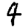
Digit: 4